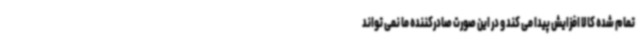
تمام شده کالا افزایش پیدا می کند و در این صورت صادرکننده ما نمی تواند